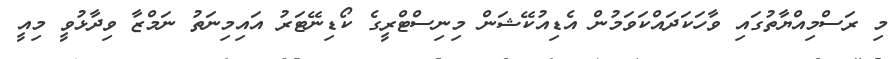
މި ރަސްމިއްޔާތުގައި ވާހަކަދައްކަވަމުން އެޑިއުކޭޝަން މިނިސްޓްރީގެ ކޯޑިނޭޓަރު އައިމިނަތު ނަމްޒާ ވިދާޅުވީ މިއީ